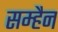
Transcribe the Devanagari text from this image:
सम्हैन